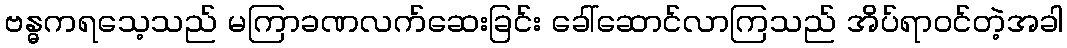
ဗန္ဓကရသေ့သည် မကြာခဏလက်ဆေးခြင်း ခေါ်ဆောင်လာကြသည် အိပ်ရာဝင်တဲ့အခါ